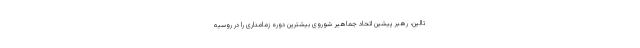
تالین، رهبر پیشین اتحاد جماهیر شوروی بیشترین دوره زمامداری را در روسیه